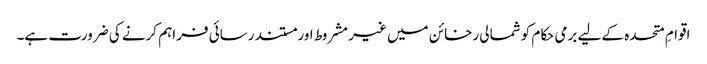
اقوامِ متحدہ کے لیے برمی حکام کو شمالی رخائن میں غیر مشروط اور مستند رسائی فراہم کرنے کی ضرورت ہے۔